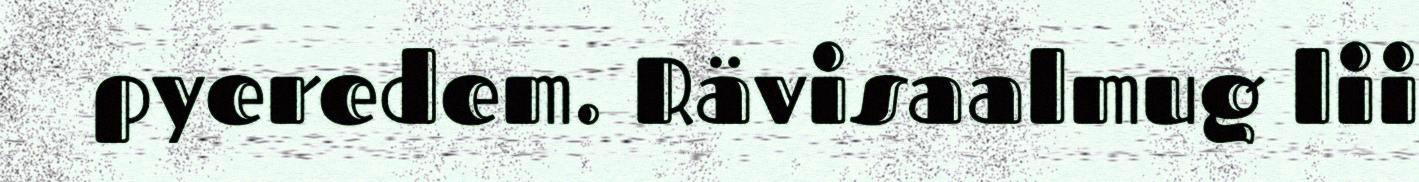
pyeredem. Rävisaalmug lii